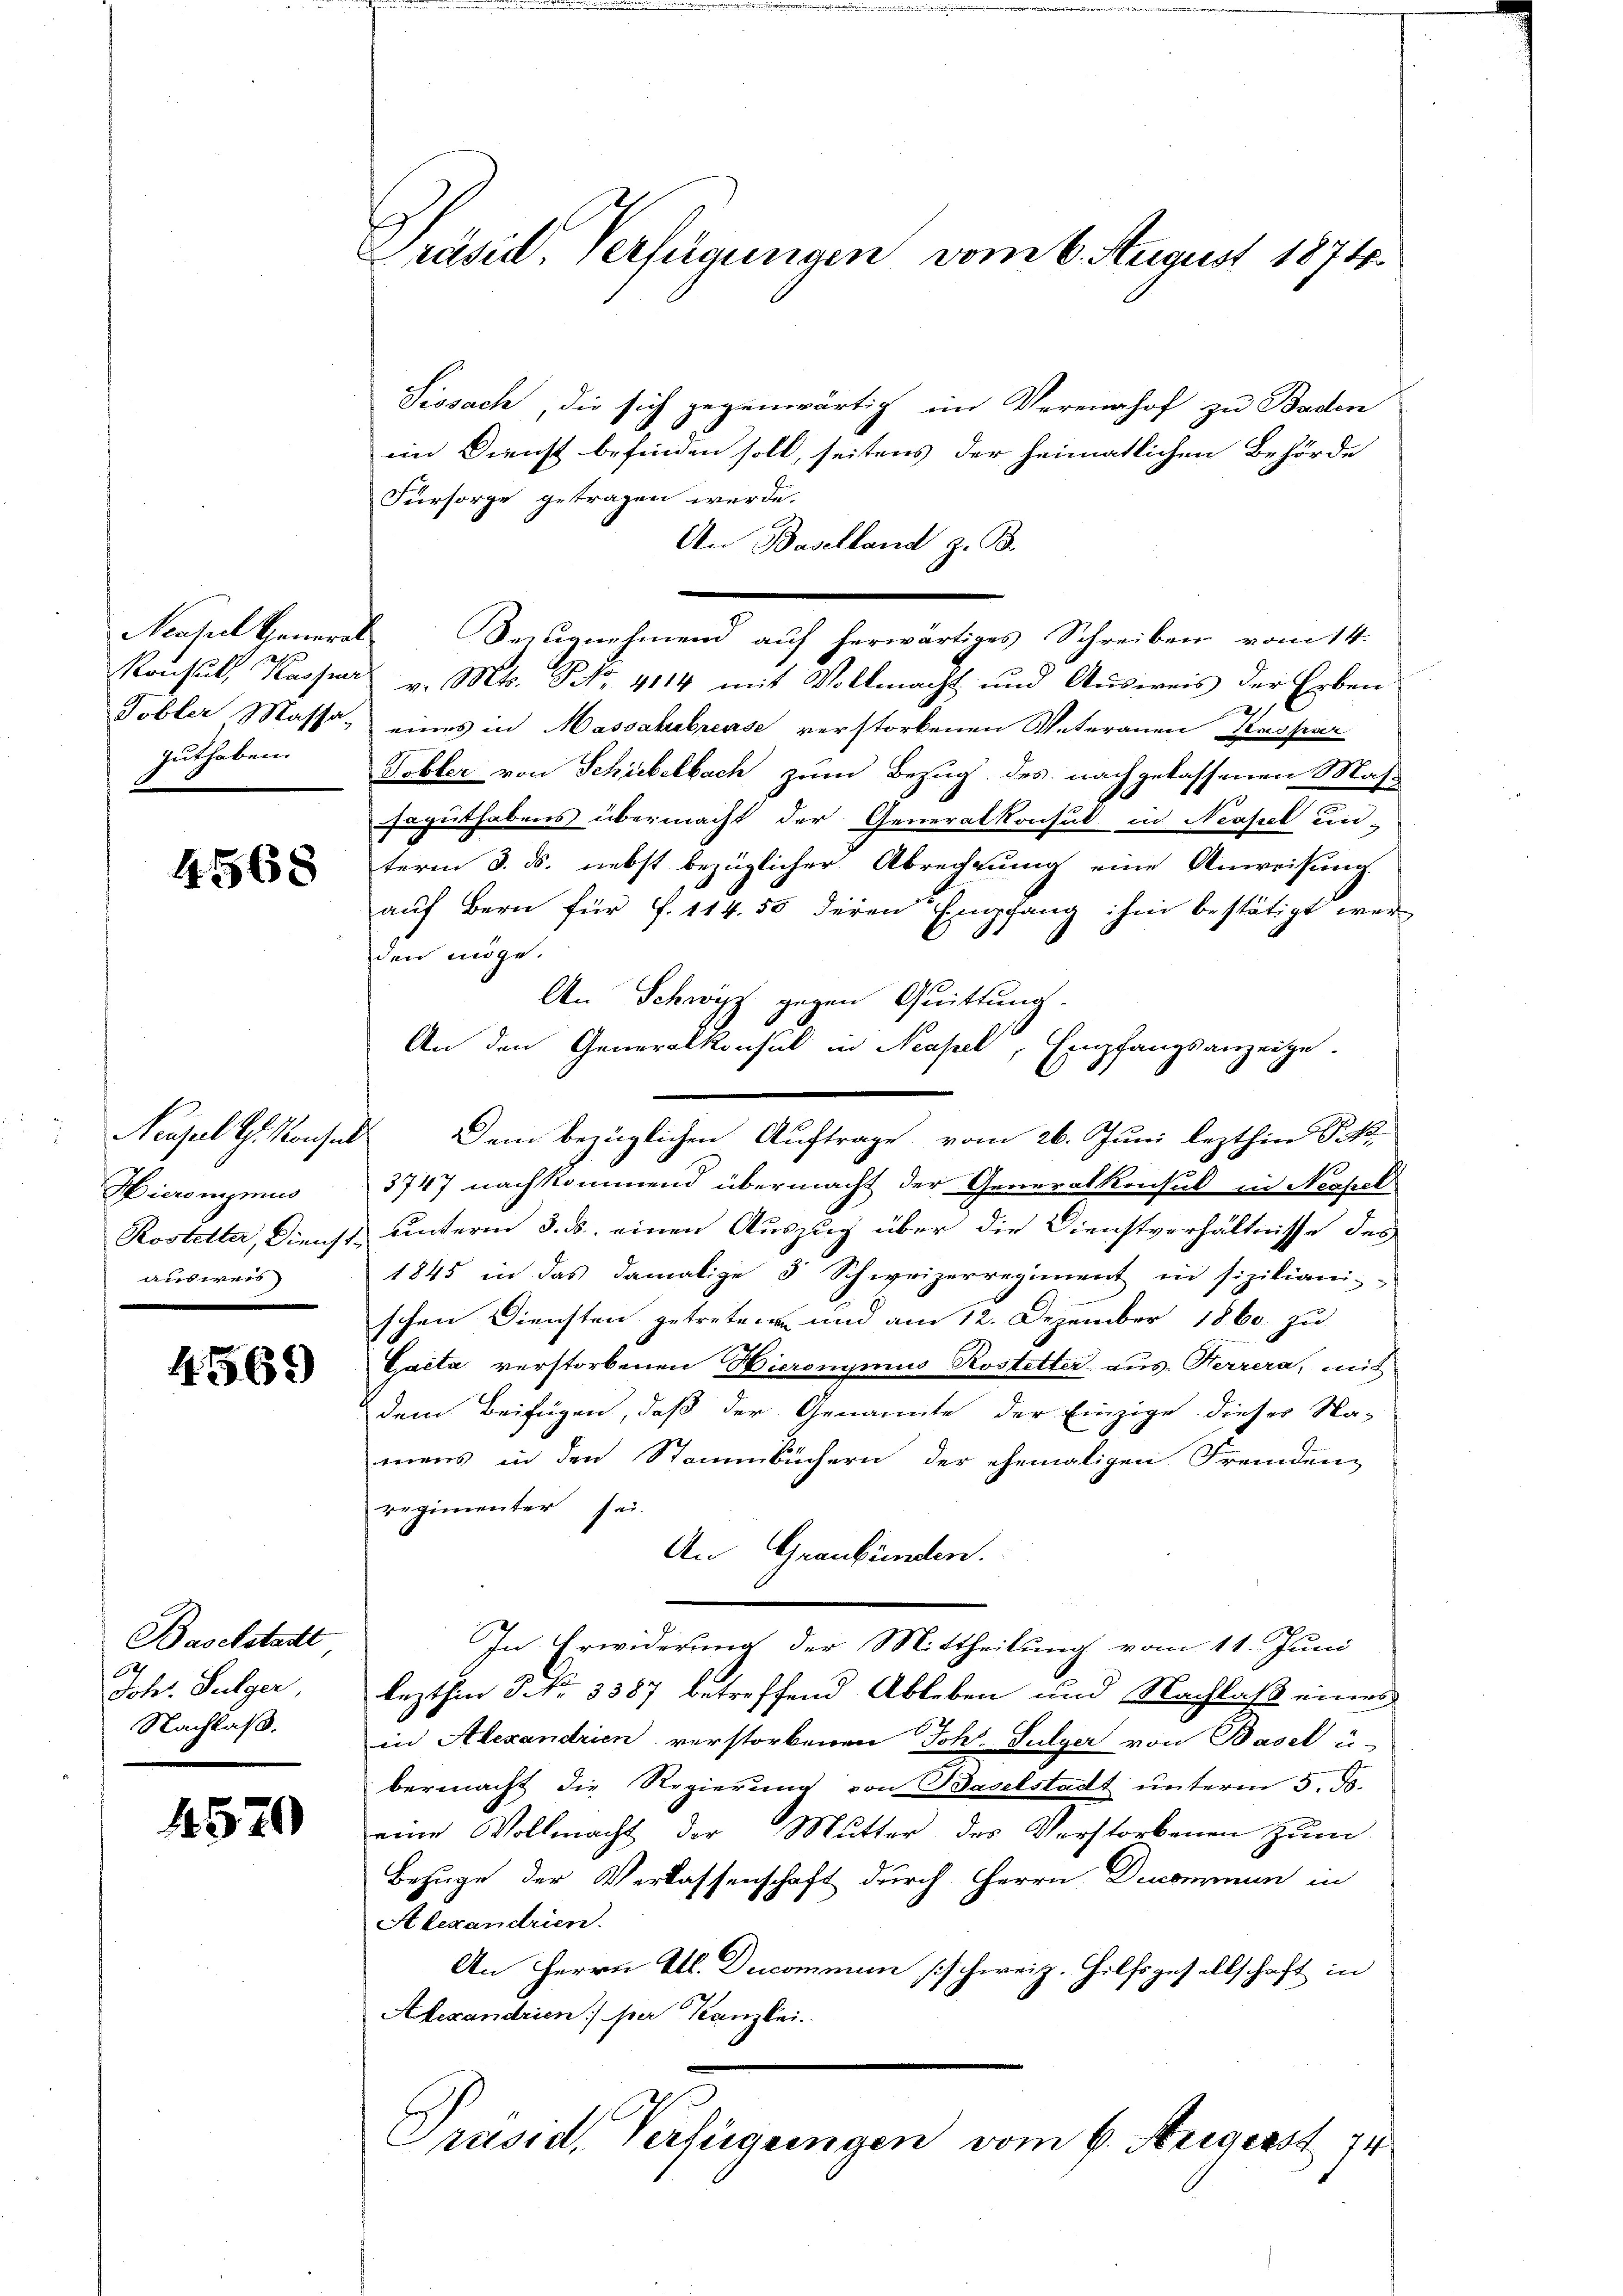
Ncasel General
Tobler Massa-
guthaben.

4568

Pausel th. Konser
Hieronymus
ausweis

4569)

Baselstadt
67
Joh. Fulger,
Nachlaß.

4570

Präsid. Verfügungen vom 6. August 1874.

Sissach, die sich gegenwärtig im Verennhof zu Baden
im Dienst befinden soll, seitens der heimatlichen Behörde
Fürsorge getragen werde.
An Baselland z. B.
Seugnehmend auf herwärtiges Schreiben vom 14.
Konsul, Kasser v. Mts. NNo. 4114 mit Vollmacht und Ausweis der Erben
h
eines in Massahebrease verstorbenen Vateranen Kaspar
Tobler von Schiebelbach zum Bezug des nachgelassenen Mas-
saguthabens übermacht der Generalkonsul in Neapel un-
term 3. ds. nebst bezüglicher Abrechnung eine Anweisung
auf Bern für f. 114. 55 deren Empfang ihm bestätigt wer
.
den möge.
An Schwyz gegen Quittung.
An den Generalkonsul in Neapel, Empfangsanzeige.
d
Dem bezüglichen Auftrage vom 26. Juni lezthin PR.
3747 nachkommend übermacht der Generalkonsul in Neapel
Rostetter, Dienst unterm 3. ds. einen Auszug über die Dienstverhältnisse des
1845 in das damalige 3 Schweizerregiment in siziliani-
schen Diensten getreten und am 12. Dezember 1860 zu
Gaeta verstorbenen Hieronymus Rostetter aus- Herrera, mit
dem Beifügen, daß der Genannte der Einzige dieser Sta-
mens in den Stammbüchern der ehemaligen Fremden-
regimenter sei
An Graubünden.
In Erwiderung der Mittheilung vom 11. Juni
lezthin 5 No 3387 betreffend Ableben und Nachlaß eines
in Alexandrien verstorbenen Johs. Sulzer von Basel i
bermacht die Regierung von Baselstadt unterm 5. ds.
eine Vollmacht der Mutter des Verstorbenen zum
Bezuge der Verlassenschaft durch Herrn Decommun in
Alexandrien.
An Herrn Al. Ducommun schweiz. Hilfsgesellschaft in
Alexandrien) per Kanzlei.
Präsid, Verfügungen vom 6. Negerst 74